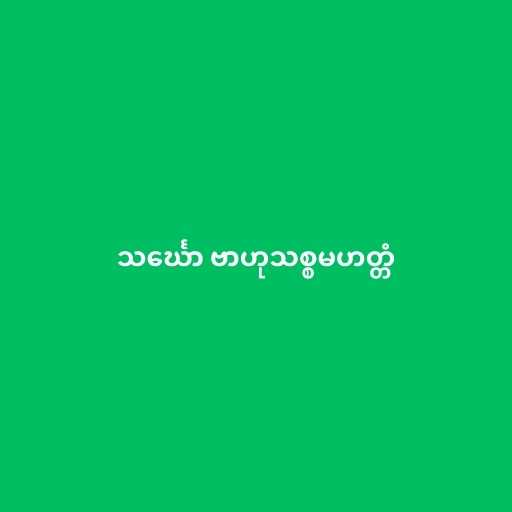
သင်္ဃော ဗာဟုသစ္စမဟတ္တံ